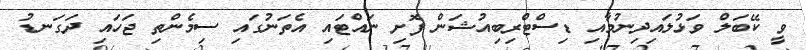
ވީ ކޭބަލް ވަޅުލައިދިނުމާއި ޑިސްޓްރިބިއުޝަން ފޮށި ނައްޓައި އެތަނުގައި ސިމެންތި ޖަހައި ދަގަނޑު